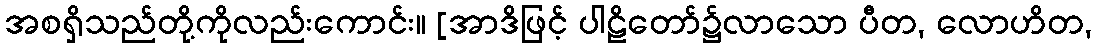
အစရှိသည်တို့ကိုလည်းကောင်း။ [အာဒိဖြင့် ပါဠိတော်၌လာသော ပီတ, လောဟိတ,